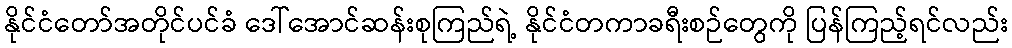
နိုင်ငံတော်အတိုင်ပင်ခံ ဒေါ်အောင်ဆန်းစုကြည်ရဲ့ နိုင်ငံတကာခရီးစဉ်တွေကို ပြန်ကြည့်ရင်လည်း